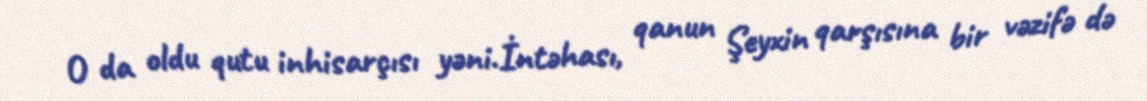
O da oldu qutu inhisarçısı yəni.İntəhası, qanun Şeyxin qarşısına bir vəzifə də